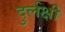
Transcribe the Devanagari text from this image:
दुर्लक्षी